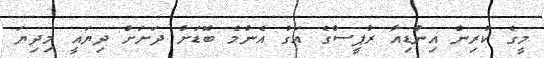
މީގެ ކުރިން އިންޑިއާ ރުޕީސްގެ އަގު އެންމެ ބޮޑަށް ދަށަށް ދިޔައީ މިދިޔަ